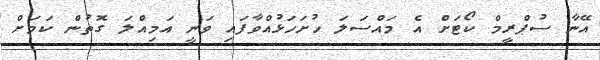
އޭނާ ސުޕްރީމް ކޯޓަށް އެ މައްސަލަ ހުށަހަޅުއްވާފައި ވަނީ އަމިއްލަ ގޮތުން ކަމަށް